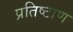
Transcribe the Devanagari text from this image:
प्रतिष्टाण